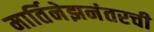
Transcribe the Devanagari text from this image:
मार्तिनेझनंतरची